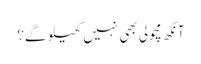
آنکھ مچولی بھی نہیں کھیلو گے؟